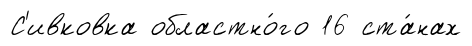
С'ивковка областно́го 16 ста́нах